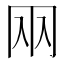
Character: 㒳